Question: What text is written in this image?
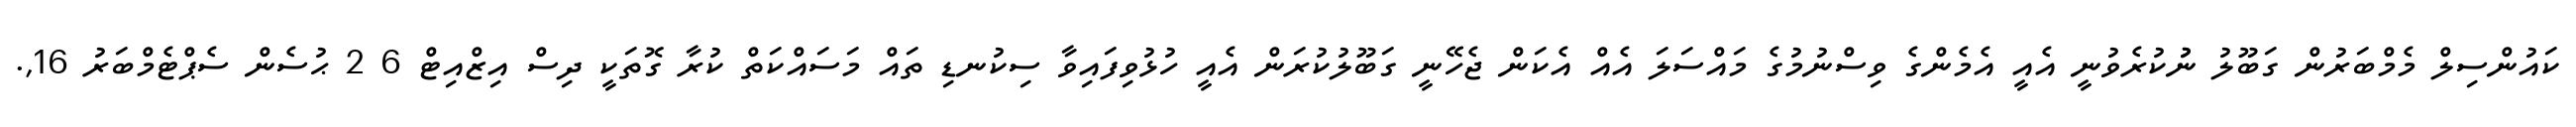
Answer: ކައުންސިލް މެމްބަރުން ގަބޫލު ނުުކުރެވުނީ އެއީ އެމެންގެ ވިސްނުމުގެ މައްސަލަ އެއް އެކަން ޖެހޭނީ ގަބޫލުކުރަން އެއީ ހުޅުވިފައިވާ ސިކުނޑި ތައް މަސައްކަތް ކުރާ ގޮތަކީ ދިސް އިޒްއިޓް 6 2 ޙުސެން ސެޕްޓެމްބަރު 16,.